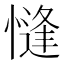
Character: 㦀